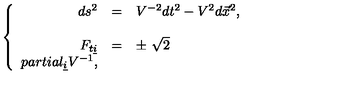
\left\{ \begin{array} { r c l } { d s ^ { 2 } } & { = } & { V ^ { - 2 } d t ^ { 2 } - V ^ { 2 } d \vec { x } ^ { 2 } , } \\ { } & { } & { } \\ { F _ { t \underline { { i } } } } & { = } & { \pm \ \sqrt { 2 } } \\ { p a r t i a l _ { \underline { { i } } } V ^ { - 1 } , } \\ \end{array} \right.